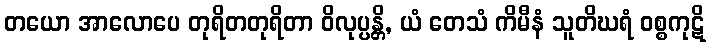
တယော အာလောပေ တုရိတတုရိတာ ဝိလုပ္ပန္တိ, ယံ တေသံ ကိမီနံ သူတိဃရံ ဝစ္စကုဋိ